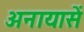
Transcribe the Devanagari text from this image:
अनायासें